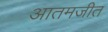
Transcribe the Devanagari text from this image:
आतमजीत